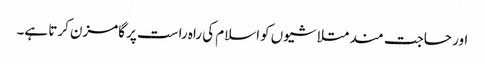
اور حاجت مند متلاشیوں کواسلام کی راہ راست پر گامزن کرتا ہے۔